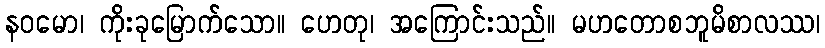
နဝမော၊ ကိုးခုမြောက်သော။ ဟေတု၊ အကြောင်းသည်။ မဟတောစဘူမိစာလဿ၊